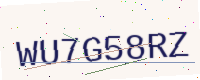
Text: WU7G58RZ